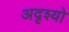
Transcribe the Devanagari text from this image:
अदृश्यो